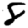
Digit: 8